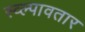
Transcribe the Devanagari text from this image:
स्व्ल्पावतार